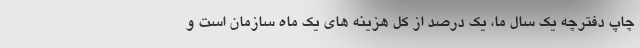
چاپ دفترچه یک سال ما، یک درصد از کل هزینه های یک ماه سازمان است و